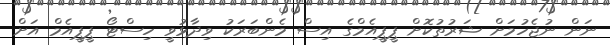
ނަން ނުޖެހުމަށް ޝަރުތުކޮށް ޕީޕީއެމްގެ އިސް މެންބަރަކު ވިދާޅުވީ ހިސްޓޯ ޕީޕީއެމް އަށް